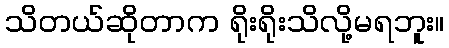
သိတယ်ဆိုတာက ရိုးရိုးသိလို့မရဘူး။